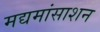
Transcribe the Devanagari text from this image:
मद्यमांसाशन